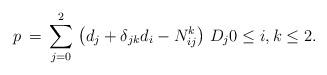
LaTeX: \begin{align*}p\,=\,\sum_{j=0}^2\, \left(d_j+\delta_{jk}d_i-N_{ij}^k\right)\, D_j 0\le i,k\le 2.\end{align*}